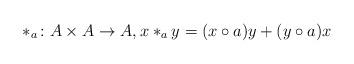
LaTeX: \begin{align*} *_a\colon A\times A \to A, x*_ay = (x\circ a)y + (y\circ a)x \end{align*}